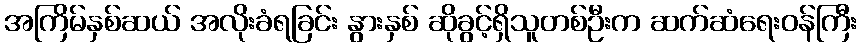
အကြိမ်နှစ်ဆယ် အလိုးခံရခြင်း နွားနှစ် ဆိုခွင့်ရှိသူတစ်ဦးက ဆက်ဆံရေးဝန်ကြီး